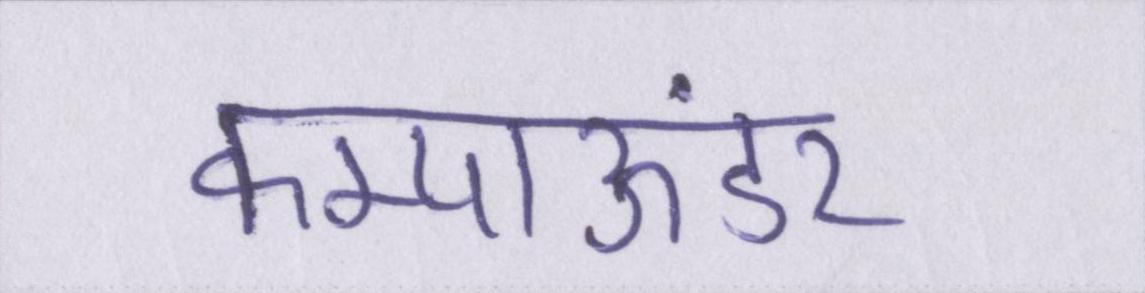
कम्पाऊंडर